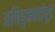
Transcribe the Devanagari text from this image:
अधिवृक्कसंपुट